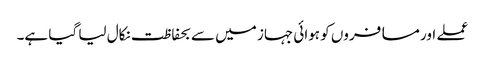
عملے اور مسافروں کو ہوائی جہاز میں سے بحفاظت نکال لیا گیا ہے۔